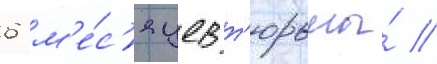
6 м'е́с'яцев т'юрьмы́ //